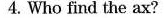
4. Who find the ax?